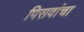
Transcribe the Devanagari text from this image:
पिसवांचा